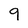
Character: 9